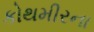
કોથમીરના